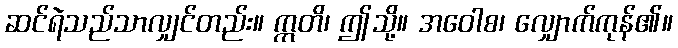
ဆင်ရဲသည်သာလျှင်တည်း။ ဣတိ၊ ဤသို့။ အဝေါစ၊ လျှောက်ကုန်၏။